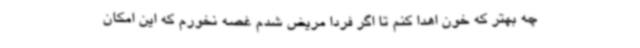
چه بهتر که خون اهدا کنم تا اگر فردا مریض شدم غصه نخورم که این امکان